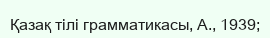
Қазақ тілі грамматикасы, А., 1939;